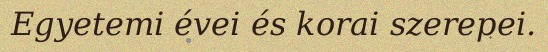
Egyetemi évei és korai szerepei.